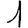
Digit: 1